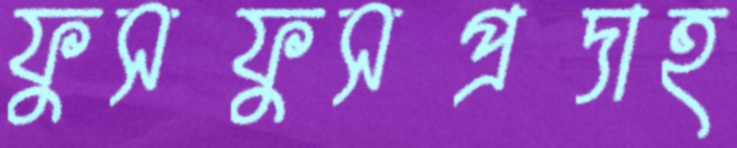
ফুসফুসপ্রদাহ